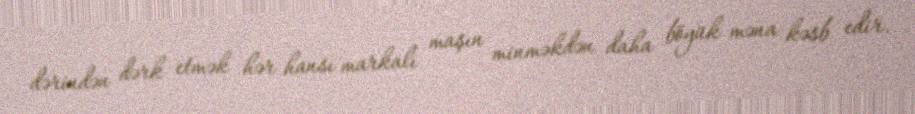
dərindən dərk etmək hər hansı markalı maşın minməkdən daha böyük məna kəsb edir.